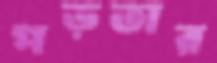
পড়তার